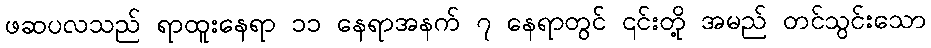
ဖဆပလသည် ရာထူးနေရာ ၁၁ နေရာအနက် ၇ နေရာတွင် ၎င်းတို့ အမည် တင်သွင်းသော